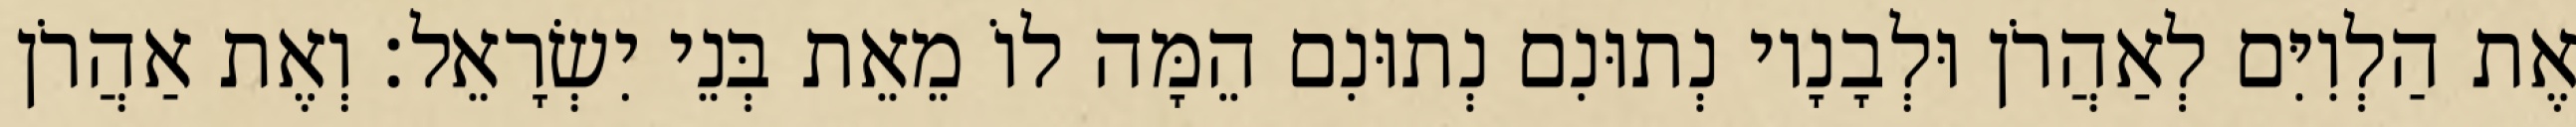
אֶת הַלְוִיִּם לְאַהֲרֹן וּלְבָנָיו נְתוּנִם נְתוּנִם הֵמָּה לוֹ מֵאֵת בְּנֵי יִשְׂרָאֵל׃ וְאֶת אַהֲרֹן